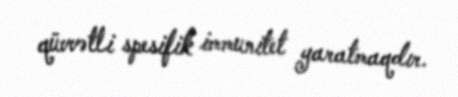
qüvvətli spesifik immunitet yaratmaqdır.